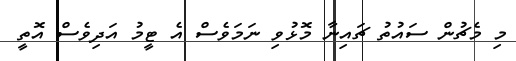
މި މެޗުން ސައުތު ޗައިނާ މޮޅުވި ނަމަވެސް އެ ޓީމު އަދިވެސް އޮތީ